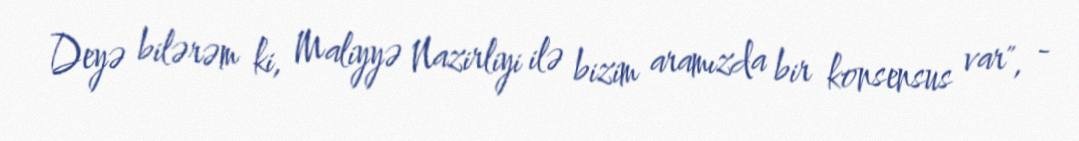
Deyə bilərəm ki, Maliyyə Nazirliyi ilə bizim aramızda bir konsensus var", -